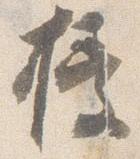
授